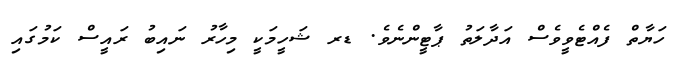
ހަޔާތް ފެއްޓެވީވެސް އަދާލަތު ޕާޓީންނެވެ. ޑރ ޝަހީމަކީ މިހާރު ނައިބު ރައީސް ކަމުގައި